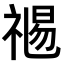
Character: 𥚯